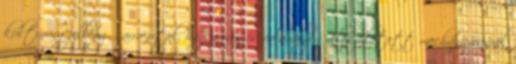
kultúrára jellemző, arra utal, hogy mégis valamilyen veleszületett mechanizmusról